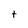
Character: t